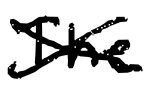
Text: The
Cross-out: mix
Writing tool: digital_black